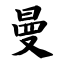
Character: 曼